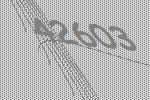
42603